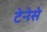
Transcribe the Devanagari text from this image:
टेनेसे